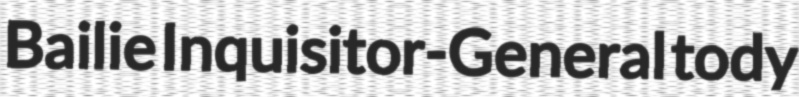
Bailie Inquisitor-General tody